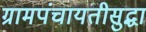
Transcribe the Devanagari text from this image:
ग्रामपंचायतीसुद्धा